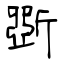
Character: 斲